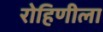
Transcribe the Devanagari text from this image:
रोहिणीला